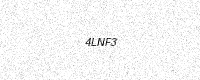
Text: 4LNF3